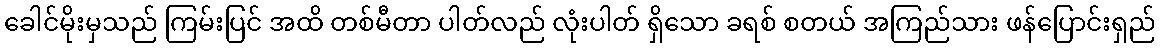
ခေါင်မိုးမှသည် ကြမ်းပြင် အထိ တစ်မီတာ ပါတ်လည် လုံးပါတ် ရှိသော ခရစ် စတယ် အကြည်သား ဖန်ပြောင်းရှည်